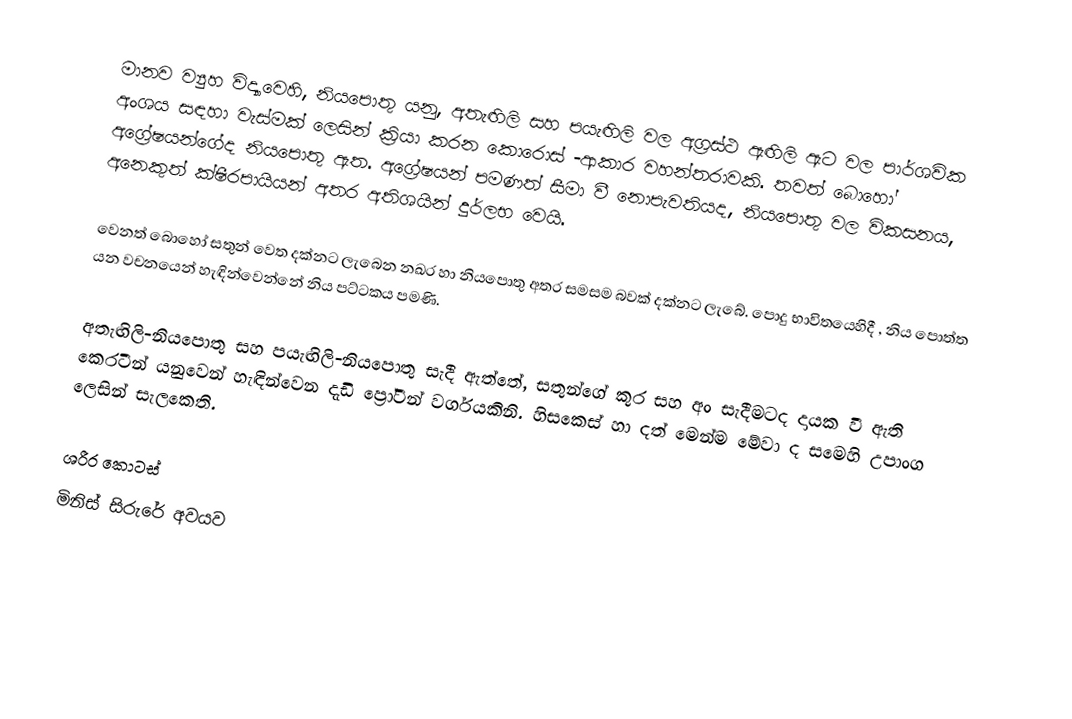
මානව ව්‍යුහ විද්‍යාවෙහි, නියපොතු යනු,   අතැඟිලි සහ පයැඟිලි වල අග්‍රස්ථ ඇඟිලි ඇට වල පාර්ශවික අංශය සඳහා වැස්මක් ලෙසින් ක්‍රියා කරන කොරොස් -ආකාර වහන්තරාවකි.  තවත් බොහෝ  අග්‍රේෂයන්ගේද නියපොතු ඇත. අග්‍රේෂයන් පමණත් සීමා වී නොපැවතියද, නියපොතු වල විකසනය, අනෙකුත් ක්ෂීරපායියන් අතර අතිශයින් දුර්ලභ වෙයි.

වෙනත් බොහෝ සතුන් වෙත දක්නට ලැබෙන  නඛර හා නියපොතු  අතර සමසම බවක් දක්නට ලැබේ.  පොදු භාවිතයෙහිදී , නිය පොත්ත යන වචනයෙන් හැඳින්වෙන්නේ නිය පට්ටකය පමණි.

අතැඟිලි-නියපොතු සහ පයැඟිලි-නියපොතු සැදී ඇත්තේ,   සතුන්ගේ කුර සහ අං සැදීමටද දායක වී  ඇති  කෙරටීන් යනුවෙන් හැඳින්වෙන දැඩි ප්‍රෝටීන් වර්ගයකිනි. හිසකෙස් හා දත් මෙන්ම මේවා ද  සමෙහි උපාංග ලෙසින් සැලකෙති.

ශරීර කොටස්
මිනිස් සිරුරේ අවයව